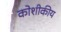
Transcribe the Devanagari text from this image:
कोशीकीय